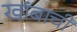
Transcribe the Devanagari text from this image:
खांबाची